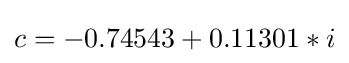
c=-0.74543+0.11301*i